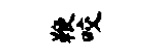
鞭咬